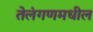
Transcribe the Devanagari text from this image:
तेलंगणमधील